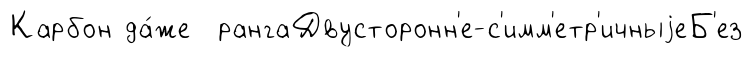
Карбон да́же рангаДвусторонн'е-с'имм'етр'ичныjеБ'ез